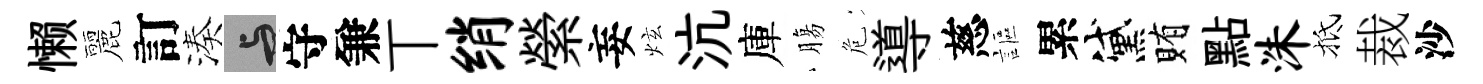
懒麗訂湊与守兼丅绡縈妄炫沆庫膓危導慈謳累黛賄點洙抵裁沙